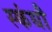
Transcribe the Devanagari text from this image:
स्कंधौ